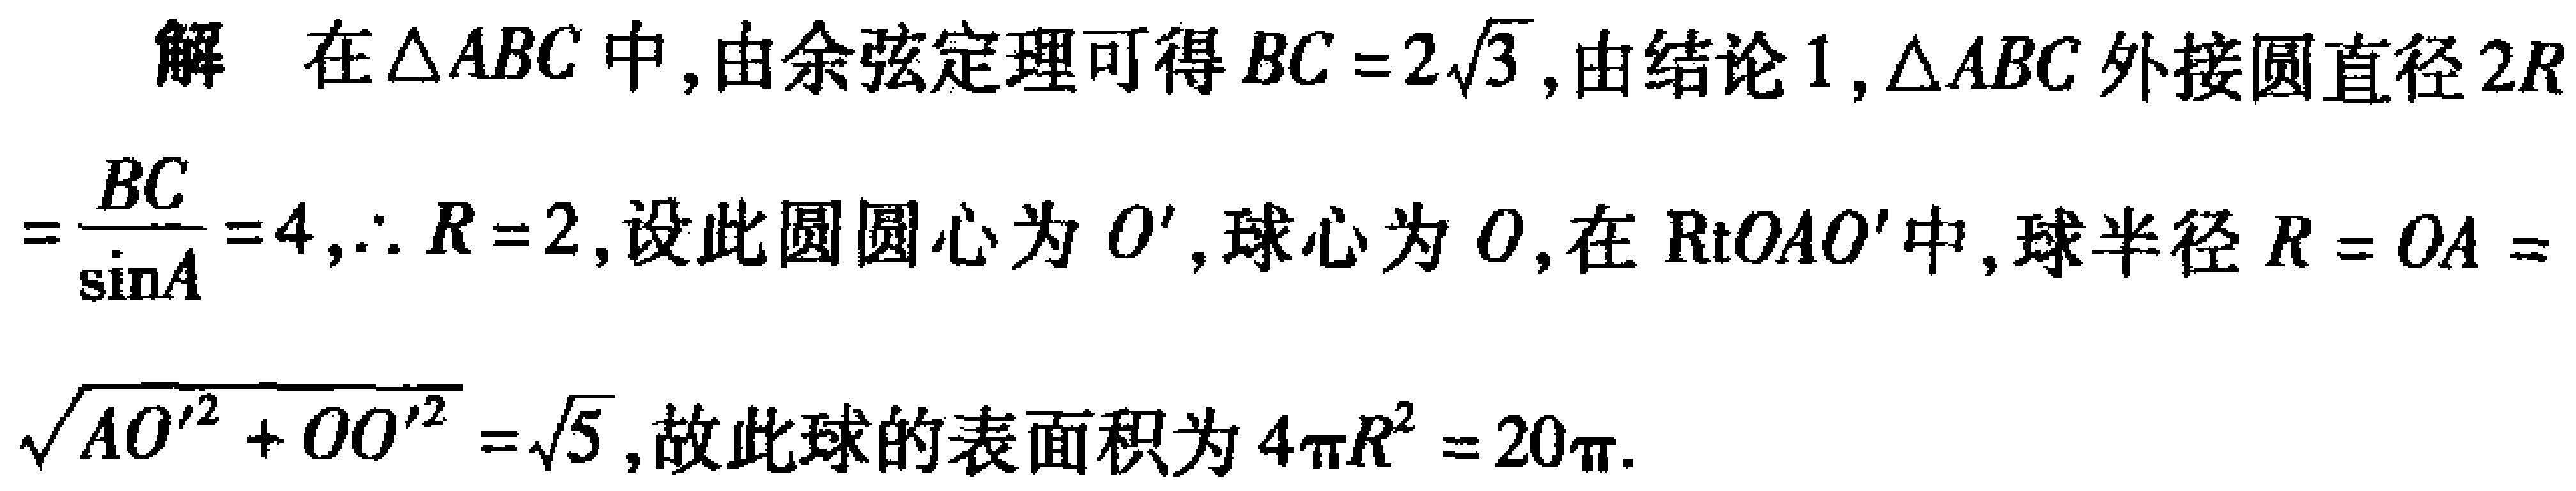
解 在\(\triangle ABC\)中,由余弦定理可得\(BC = 2\sqrt{3}\),由结论1,\(\triangle ABC\)外接圆直径\(2R=\frac{BC}{\sin A}=4\),\(\therefore R = 2\),设此圆圆心为\(O'\),球心为\(O\),在\(Rt\triangle AOO'\)中,球半径\(R = OA=\sqrt{AO'^{2} + OO'^{2}}=\sqrt{5}\),故此球的表面积为\(4\pi R^{2} = 20\pi\).